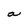
Character: a